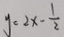
y = 2 x - \frac { 1 } { 2 }